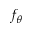
f _ { \theta }